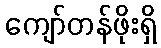
ကျော်တန်ဖိုးရှိ